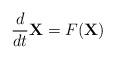
LaTeX: \begin{align*}\frac{d}{dt}\mathbf{X}=F(\mathbf{X})\end{align*}